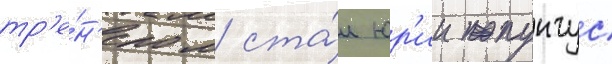
тр'е́н'ером ста́л юр'ии пунтус